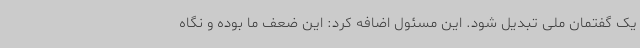
یک گفتمان ملی تبدیل شود. این مسئول اضافه کرد: این ضعف ما بوده و نگاه